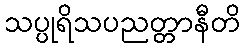
သပ္ပုရိသပညတ္တာနီတိ